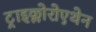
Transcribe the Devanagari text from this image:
ट्राइक्लोरोएथेन